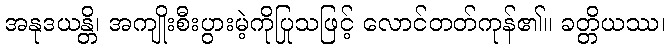
အနုဒယန္တိ၊ အကျိုးစီးပွားမဲ့ကိုပြုသဖြင့် လောင်တတ်ကုန်၏။ ခတ္တိယဿ၊